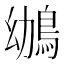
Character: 鴢